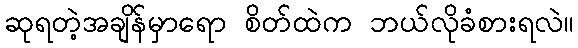
ဆုရတဲ့အချိန်မှာရော စိတ်ထဲက ဘယ်လိုခံစားရလဲ။